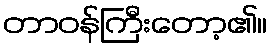
တာဝန်ကြီးတော့၏။